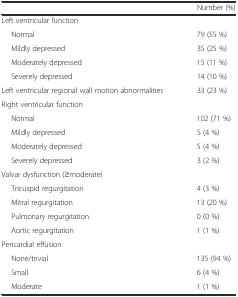
<table><thead><tr><td></td><td><b>Number (%)</b></td></tr></thead><tbody><tr><td>Left ventricular function</td><td></td></tr><tr><td>Normal</td><td>79 (55 %)</td></tr><tr><td>Mildly depressed</td><td>35 (25 %)</td></tr><tr><td>Moderately depressed</td><td>15 (11 %)</td></tr><tr><td>Severely depressed</td><td>14 (10 %)</td></tr><tr><td>Left ventricular regional wall motion abnormalities</td><td>33 (23 %)</td></tr><tr><td>Right ventricular function</td><td></td></tr><tr><td>Normal</td><td>102 (71 %)</td></tr><tr><td>Mildly depressed</td><td>5 (4 %)</td></tr><tr><td>Moderately depressed</td><td>5 (4 %)</td></tr><tr><td>Severely depressed</td><td>3 (2 %)</td></tr><tr><td>Valvar dysfunction (≥moderate)</td><td></td></tr><tr><td>Tricuspid regurgitation</td><td>4 (3 %)</td></tr><tr><td>Mitral regurgitation</td><td>13 (20 %)</td></tr><tr><td>Pulmonary regurgitation</td><td>0 (0 %)</td></tr><tr><td>Aortic regurgitation</td><td>1 (1 %)</td></tr><tr><td>Pericardial effusion</td><td></td></tr><tr><td>None/trivial</td><td>135 (94 %)</td></tr><tr><td>Small</td><td>6 (4 %)</td></tr><tr><td>Moderate</td><td>1 (1 %)</td></tr></tbody></table>